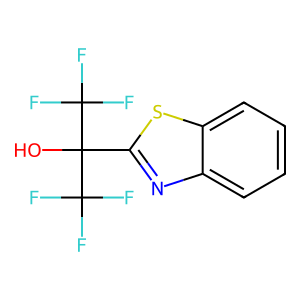
SMILES: OC(c1nc2ccccc2s1)(C(F)(F)F)C(F)(F)F
Inhibits HIV replication: No